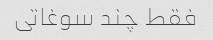
فقط چند سوغاتی